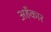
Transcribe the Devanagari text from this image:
अहँकार